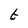
Character: t